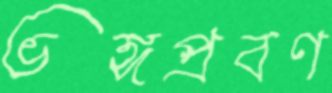
ভঙ্গপ্রবণ